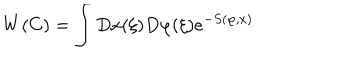
LaTeX: W ( C ) = \int D x ( \xi ) D \varphi ( \xi ) e ^ { - S ( \varphi , x ) }